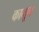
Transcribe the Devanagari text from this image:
कामून